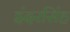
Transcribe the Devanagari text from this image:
इंदरसिंह